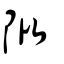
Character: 阰